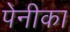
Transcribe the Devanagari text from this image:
पेनीका